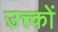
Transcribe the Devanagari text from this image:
उत्त्कों